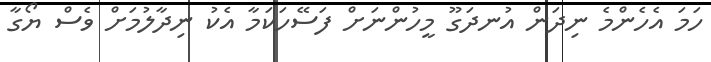
ހަމަ އެހެންމެ ނިދަން އުނދަގޫ މީހުންނަށް ފަސޭހަކަމާ އެކު ނިދާލުމަށް ވެސް ޔޯގާ